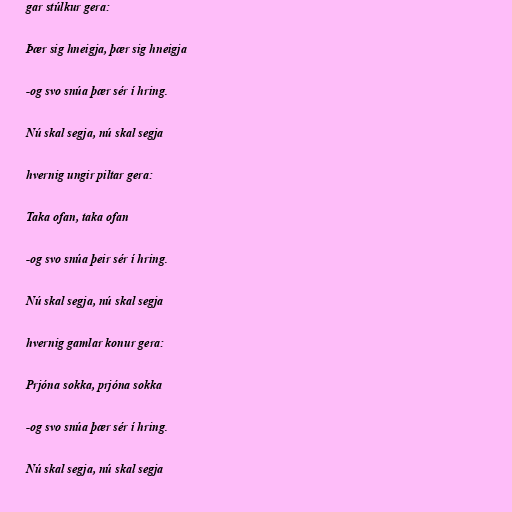
gar stúlkur gera:

Þær sig hneigja, þær sig hneigja

-og svo snúa þær sér í hring.

Nú skal segja, nú skal segja

hvernig ungir piltar gera:

Taka ofan, taka ofan

-og svo snúa þeir sér í hring.

Nú skal segja, nú skal segja

hvernig gamlar konur gera:

Prjóna sokka, prjóna sokka

-og svo snúa þær sér í hring.

Nú skal segja, nú skal segja